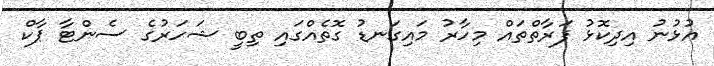
އުޅުނު އިދިކޮޅު ފަރާތްތައް މިހާރު މައިގަނޑު ގޮތެއްގައި ތިބީ ޝަހަރުގެ ސެންޓާ ޕާކް